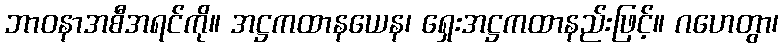
ဘာဝနာအစီအရင်ကို။ အဋ္ဌကထာနယေန၊ ရှေးအဋ္ဌကထာနည်းဖြင့်။ ဂဟေတွာ၊